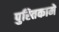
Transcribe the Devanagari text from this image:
पुस्‍तिकामें